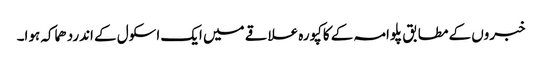
خبروں کے مطابق پلوامہ کے کاکپورہ علاقے میں ایک اسکول کے اندردھماکہ ہوا۔